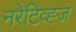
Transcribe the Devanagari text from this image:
नरेटिव्ह्ज